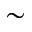
\sim